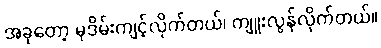
အခုတော့ မုဒိမ်းကျင့်လိုက်တယ်၊ ကျူးလွန်လိုက်တယ်။